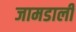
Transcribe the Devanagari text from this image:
जामडाली